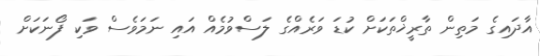
އާދައިގެ މަތިން ތާރީޚްތަކަށް ކުޑަ ވަރެއްގެ ލަސްވުމެއް އައި ނަމަވެސް ވަކި ފޯނަކަށް